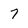
Character: 7